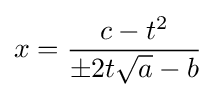
x={\frac {c-t^{2}}{\pm 2t{\sqrt {a}}-b}}